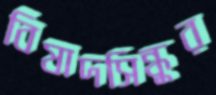
বিষাদসিন্ধুর